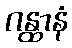
ဂန္ထာနံ